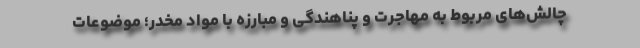
چالش‌های مربوط به مهاجرت و پناهندگی و مبارزه با مواد مخدر؛ موضوعات